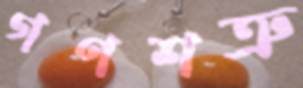
গণশত্রু